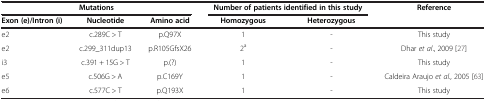
| <COLSPAN=3> Mutations | <COLSPAN=2> Number of patients identified in this study | <ROWSPAN=2> Reference |
 | Exon (e)/Intron (i) | Nucleotide | Amino acid | Homozygous | Heterozygous |
 | --- | --- | --- | --- | --- | --- |
 | e2 | c.289C > T | p.Q97X | 1 | - | This study |
 | e2 | c.299_311dup13 | p.R105GfsX26 | 2a | - | Dhar et al., 2009 [27] |
 | i3 | c.391 + 15G > T | p.(?) | 1 | - | This study |
 | e5 | c.506G > A | p.C169Y | 1 | - | Caldeira Araujo et al., 2005 [63] |
 | e6 | c.577C > T | p.Q193X | 1 | - | This study |